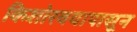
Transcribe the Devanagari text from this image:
किशोरवयापासून